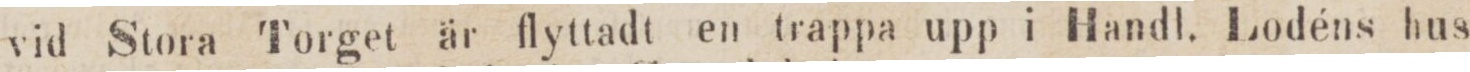
vid Stora Torget är flyttadt en trappa upp i Handl. Lodéns hus